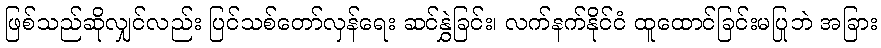
ဖြစ်သည်ဆိုလျှင်လည်း ပြင်သစ်တော်လှန်ရေး ဆင်နွှဲခြင်း၊ လက်နက်နိုင်ငံ ထူထောင်ခြင်းမပြုဘဲ အခြား